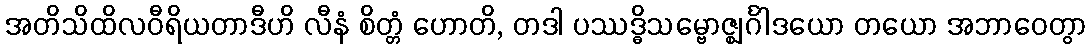
အတိသိထိလဝီရိယတာဒီဟိ လီနံ စိတ္တံ ဟောတိ, တဒါ ပဿဒ္ဓိသမ္ဗောဇ္ဈင်္ဂါဒယော တယော အဘာဝေတွာ